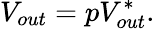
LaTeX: V_{out}=pV_{out}^{*}.